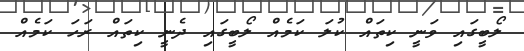
ލޯބީގައި ވަނީ ކިތައް ކުލަ ކަމެއް ލޯބީގައި ދެނީ ކިތައް ރަހަ ކަމެއް